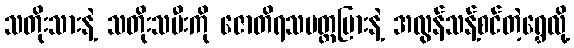
သတိုးသားနဲ့ သတိုးသမီးကို ဇောတိရသပတ္တမြားနဲ့ အလွန်သန့်စင်တဲ့ရွှေလို့